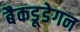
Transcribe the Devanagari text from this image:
बैकडूडेगन